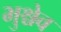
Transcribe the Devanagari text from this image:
भुश्चेव